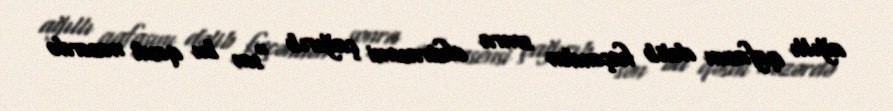
ağıllı qafasını dəlib keçəndən sonra ekstrasensi çağırıb “sən bu qəsdi nəzərdə